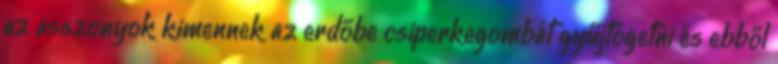
az asszonyok kimennek az erdőbe csiperkegombát gyűjtögetni és ebből